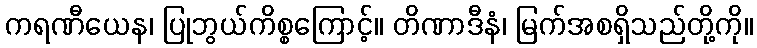
ကရဏီယေန၊ ပြုဘွယ်ကိစ္စကြောင့်။ တိဏာဒီနံ၊ မြက်အစရှိသည်တို့ကို။